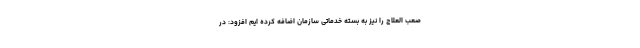
صعب العلاج را نیز به بسته خدماتی سازمان اضافه کرده ایم افزود: در